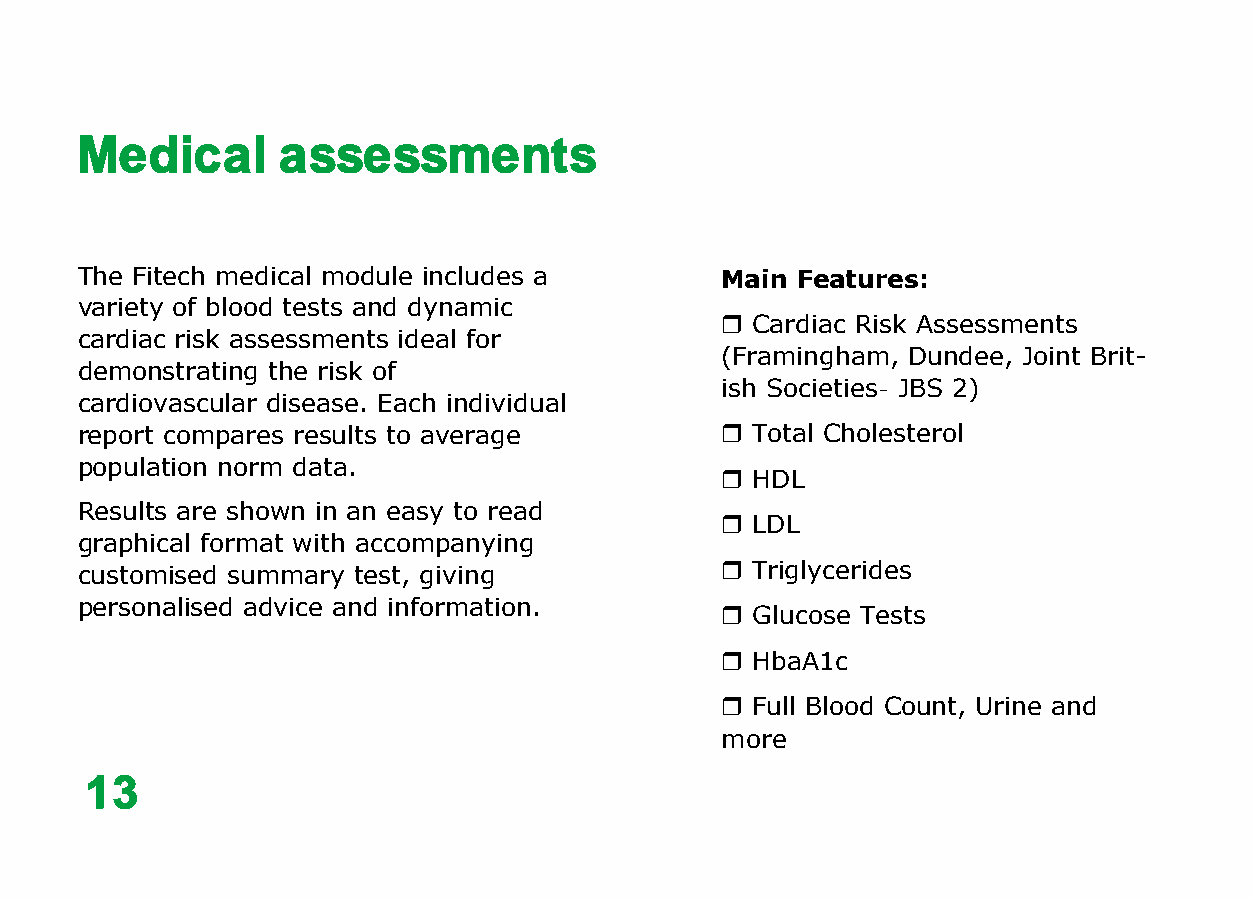
Medical      assessments
 The Fitech medical module includes a       Main Features:
 variety of blood tests and dynamic
  Cardiac Risk Assessments
 cardiac risk assessments ideal for
 (Framingham, Dundee, Joint Brit-
 demonstrating the risk of
 ish Societies- JBS 2)
 cardiovascular disease. Each individual
 report compares results to average          Total Cholesterol
 population norm data.
  HDL
 Results are shown in an easy to read
  LDL
 graphical format with accompanying
 customised summary test, giving             Triglycerides
 personalised advice and information.
  Glucose Tests
  HbaA1c
  Full Blood Count, Urine and
 more
 13